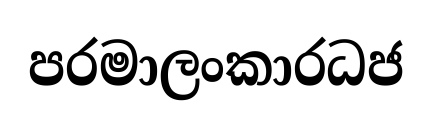
පරමාලංකාරධජ